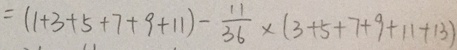
= ( 1 + 3 + 5 + 7 + 9 + 1 1 ) - \frac { 1 1 } { 3 6 } \times ( 3 + 5 + 7 + 9 + 1 1 + 1 3 )